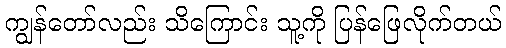
ကျွန်တော်လည်း သိကြောင်း သူ့ကို ပြန်ဖြေလိုက်တယ်